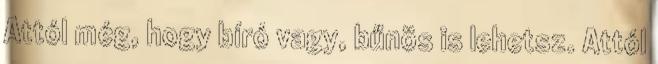
Attól még, hogy bíró vagy, bűnös is lehetsz. Attól